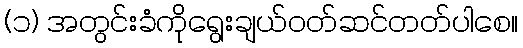
(၁) အတွင်းခံကိုရွေးချယ်ဝတ်ဆင်တတ်ပါစေ။